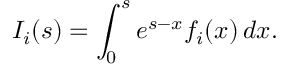
I _ { i } ( s ) = \int _ { 0 } ^ { s } e ^ { s - x } f _ { i } ( x ) \, d x .